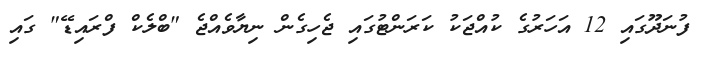
ފުނަދޫގައި 12 އަހަރުގެ ކުއްޖަކު ކަރަންޓުގައި ޖެހިގެން ނިޔާވެއްޖެ "ބްލެކް ފްރައިޑޭ" ގައި